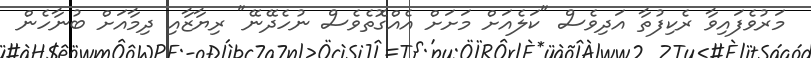
މަރުވެފައިވާ ރެކިފުތާ އަދިވެސް "ކަލެއަށް މަށަށް އެއްގޮތެވެސް ނުހެދޭނޭ" ރިޔާޒާއި ދިމާއަށް ބުނާހެން